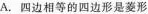
A.四边相等的四边形是菱形